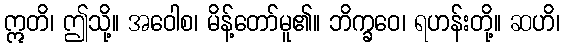
ဣတိ၊ ဤသို့။ အဝေါစ၊ မိန့်တော်မူ၏။ ဘိက္ခဝေ၊ ရဟန်းတို့။ ဆဟိ၊